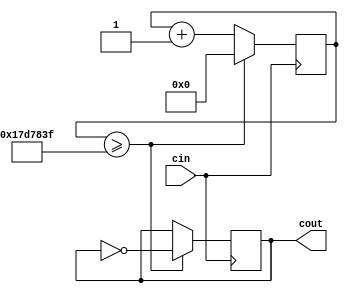
module SlowClockDivider(cin,cout);
 input cin;
 output reg cout;
 reg[31:0] count;
 //parameter D = 32'd250000;
 //new F
 parameter D = 32'd25000000;
 always @(posedge cin)
 begin
 count <= count + 32'd1;
 if (count >= (D-1)) begin
 cout <= ~cout;
 count <= 32'd0;
 end
 end
endmodule